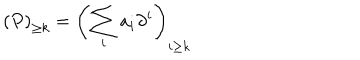
LaTeX: \left( P \right) _ { \geq k } = \left( \sum _ { i } a _ { i } \partial ^ { i } \right) _ { i \geq k }